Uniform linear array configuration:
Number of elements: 48
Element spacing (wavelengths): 0.5
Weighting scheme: hamming
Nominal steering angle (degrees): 60
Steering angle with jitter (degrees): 59.242
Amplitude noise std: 0.05
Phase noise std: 0.05

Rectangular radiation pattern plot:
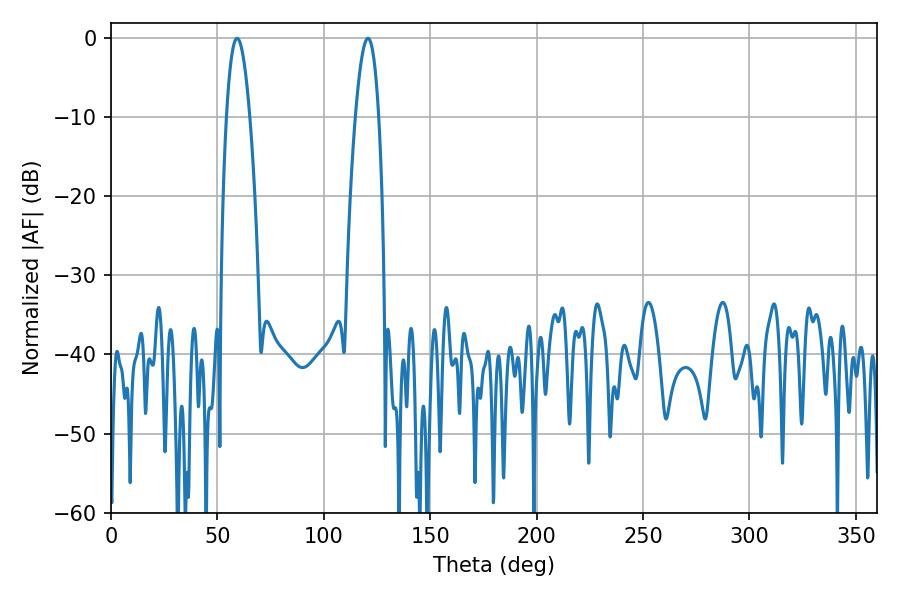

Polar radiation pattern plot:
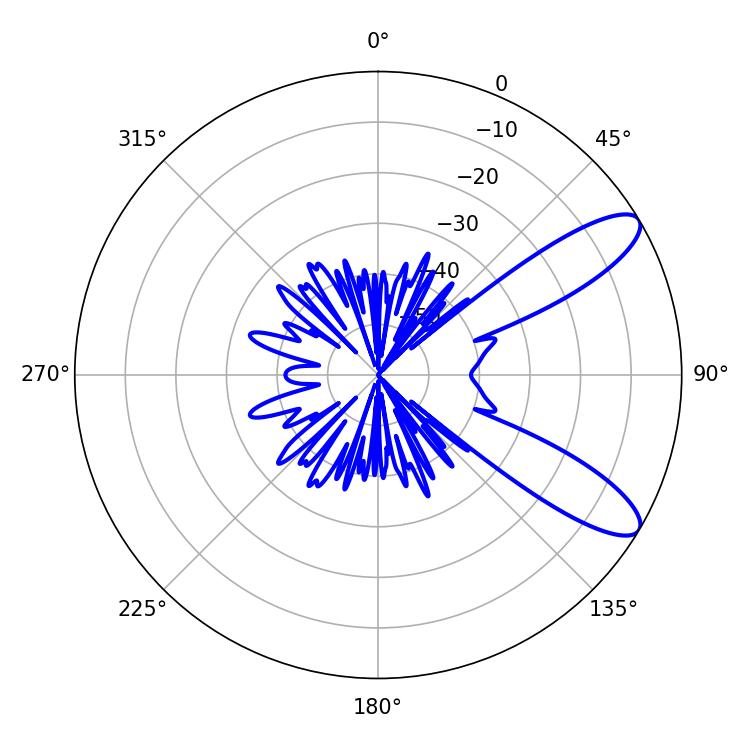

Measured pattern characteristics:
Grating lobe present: FALSE
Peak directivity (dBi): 10.096
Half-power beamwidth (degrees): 6.12
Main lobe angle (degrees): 59.22